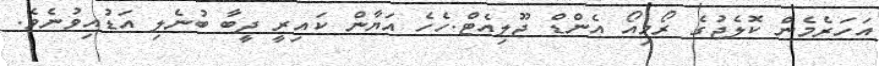
އަހަރެމެން ކޮލެޖުގެ ރޯމިއޯ އެންޑް ޖޫލިއެޓް.ހެހެ އަޔާން ކައިރީ ދީބާ ބުނެލި އަޑުއިވުނެވެ.